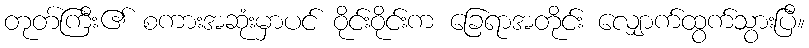
တုတ်ကြီး၏ စကားအဆုံးမှာပင် ဝိုင်းဝိုင်းက ခြေရာအတိုင်း လျှောက်ထွက်သွားပြီ။